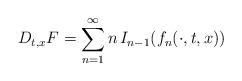
LaTeX: \begin{align*}D_{t,x}F=\sum_{n=1}^{\infty} n\,I_{n-1}(f_n(\cdot,t,x))\end{align*}